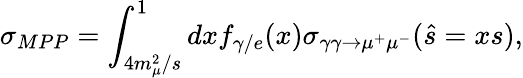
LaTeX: \sigma_{MPP}=\int_{4m_{\mu}^{2}/s}^{1}dxf_{\gamma/e}(x)\sigma_{\gamma\gamma\to\mu^{+}\mu^{-}}(\hat{s}=xs),